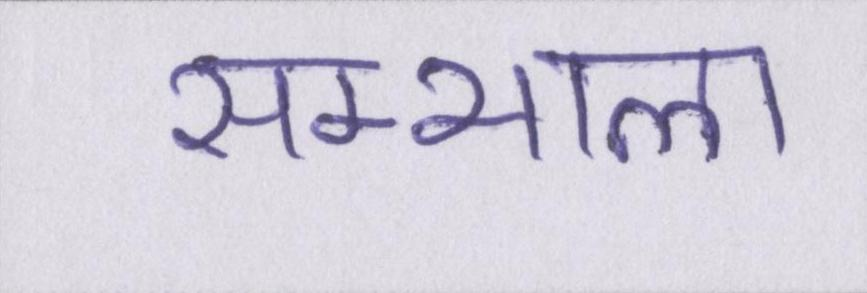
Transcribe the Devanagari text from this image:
सम्भाला